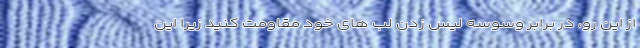
از این رو، در برابر وسوسه لیس زدن لب های خود مقاومت کنید زیرا این